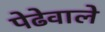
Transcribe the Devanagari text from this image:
पेढेवाले